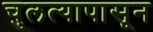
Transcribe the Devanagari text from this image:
चुलत्यापासून